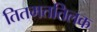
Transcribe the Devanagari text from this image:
तितमततिलक